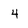
Character: 4